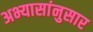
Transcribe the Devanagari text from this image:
अभ्यासांनुसार